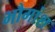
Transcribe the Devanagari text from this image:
भौगांश